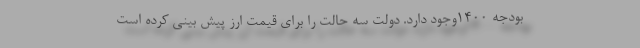
بودجه ۱۴۰۰وجود دارد. دولت سه حالت را برای قیمت ارز پیش بینی کرده است